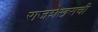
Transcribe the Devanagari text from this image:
राजशेखराची